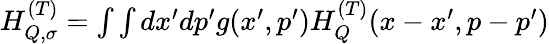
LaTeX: \begin{array}{r}{H_{Q,\sigma}^{(T)}=\int\int dx^{\prime}dp^{\prime}g(x^{\prime},p^{\prime})H_{Q}^{(T)}(x-x^{\prime},p-p^{\prime})}\end{array}